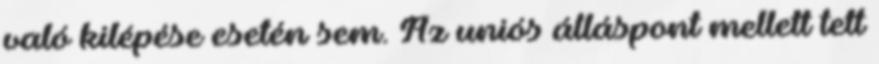
való kilépése esetén sem. Az uniós álláspont mellett tett